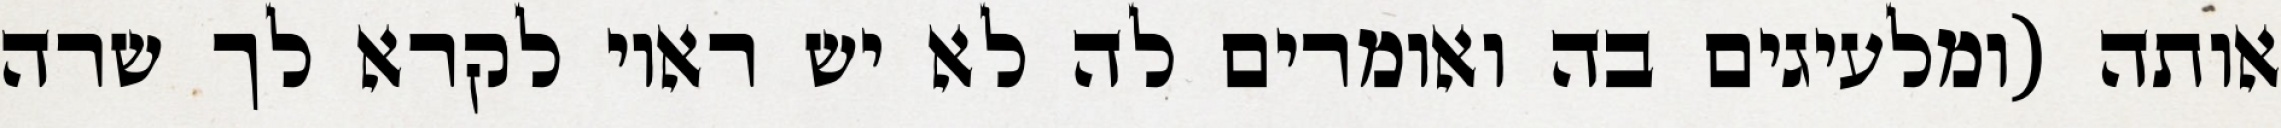
אותה (ומלעיגים בה ואומרים לה לא יש ראוי לקרא לך שרה